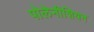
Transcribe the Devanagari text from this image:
पोलेनीशियन